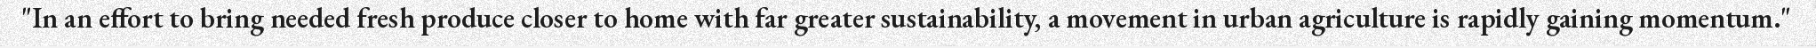
"In an effort to bring needed fresh produce closer to home with far greater sustainability, a movement in urban agriculture is rapidly gaining momentum."